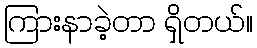
ကြားနာခဲ့တာ ရှိတယ်။